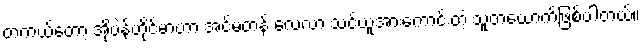
တကယ်တော့ အိုပဲန်ဟိုင်မာဟာ အင်မတန် လေ့လာ သင်ယူအားကောင်းတဲ့ သူတယောက်ဖြစ်ပါတယ်။